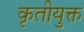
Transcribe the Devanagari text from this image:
कृतीयुक्त